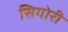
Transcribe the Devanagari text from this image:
सिगोरी